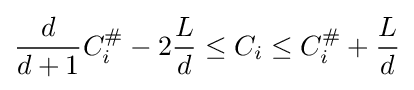
{\frac {d}{d+1}}C_{i}^{\#}-2{\frac {L}{d}}\leq C_{i}\leq C_{i}^{\#}+{\frac {L}{d}}